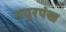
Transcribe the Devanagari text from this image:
मयुरपंख